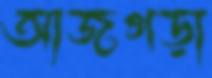
আজগড়া